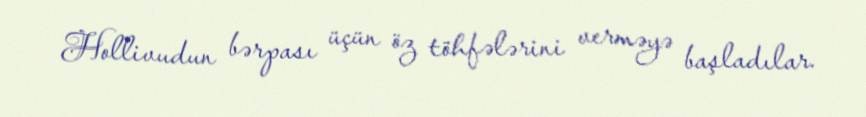
Hollivudun bərpası üçün öz töhfələrini verməyə başladılar.